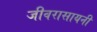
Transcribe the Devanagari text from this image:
जीवरासायनी